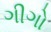
ગીગો